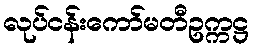
လုပ်ငန်းကော်မတီဥက္ကဋ္ဌ